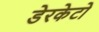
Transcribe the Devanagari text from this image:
डेरकेटो